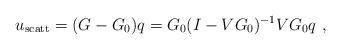
LaTeX: \begin{align*}u_{\rm scatt} = (G - G_0) q = G_0 (I - V G_0)^{-1} V G_0 q \ ,\end{align*}